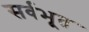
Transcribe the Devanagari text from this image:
सर्वभूत